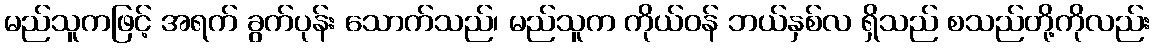
မည်သူကဖြင့် အရက် ခွက်ပုန်း သောက်သည်၊ မည်သူက ကိုယ်ဝန် ဘယ်နှစ်လ ရှိသည် စသည်တို့ကိုလည်း